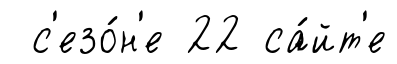
с'езо́н'е 22 са́йт'е